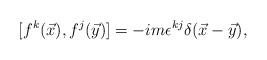
LaTeX: \begin{align*}[f^{k}(\vec{x}),f^{j}(\vec{y})]=-im\epsilon^{kj}\delta(\vec{x}-\vec{y}),\end{align*}